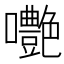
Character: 𡅩